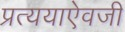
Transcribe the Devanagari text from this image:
प्रत्ययाऐवजी